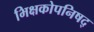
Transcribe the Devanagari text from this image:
भिक्षकोपनिषद्